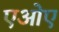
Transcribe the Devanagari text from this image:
एओए